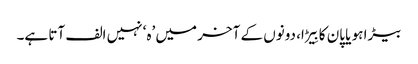
بیڑا ہو یا پان کا بِیڑا، دونوں کے آخر میں ’ہ‘ نہیں الف آتا ہے۔